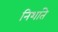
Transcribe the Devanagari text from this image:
निशांते